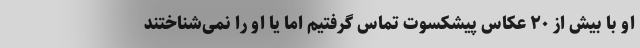
او با بیش از ۲۰ عکاس پیشکسوت تماس گرفتیم اما یا او را نمی‌شناختند